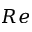
R e